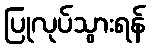
ပြုလုပ်သွားရန်